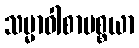
သမ္မာဝါစာပစ္စယာ